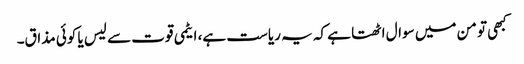
کبھی تو من میں سوال اٹھتا ہے کہ یہ ریاست ہے، ایٹمی قوت سے لیس یا کوئی مذاق۔